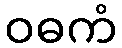
ဝဓကံ